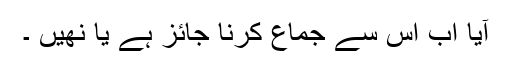
آیا اب اس سے جماع کرنا جائز ہے یا نھیں ۔